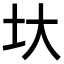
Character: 𡉑